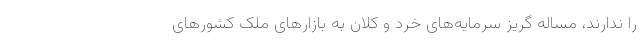
را ندارند، مساله گریز سرمایه‌های خرد و کلان به بازارهای ملک کشورهای